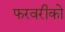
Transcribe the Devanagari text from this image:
फरवरीको